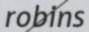
robins